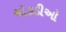
ચોકડીઓ